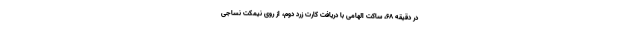
در دقیقه ۶۸، ساکت الهامی با دریافت کارت زرد دوم، از روی نیمکت نساجی